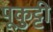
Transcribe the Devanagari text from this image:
पूकुट्टी